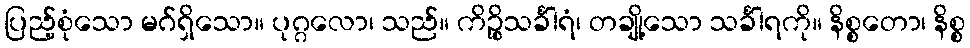
ပြည့်စုံသော မဂ်ရှိသော။ ပုဂ္ဂလော၊ သည်။ ကိဉ္စိသင်္ခါရံ၊ တချို့သော သင်္ခါရကို။ နိစ္စတော၊ နိစ္စ